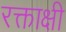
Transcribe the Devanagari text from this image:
रक्ताक्षी